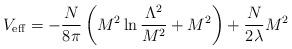
LaTeX: \begin{align*}V_{\rm eff}=-\frac{N}{8\pi}\left( M^2\ln\frac{\Lambda^2}{M^2}+M^2\right)+\frac{N}{2{\lambda}} M^2\end{align*}